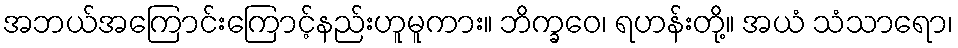
အဘယ်အကြောင်းကြောင့်နည်းဟူမူကား။ ဘိက္ခဝေ၊ ရဟန်းတို့။ အယံ သံသာရော၊